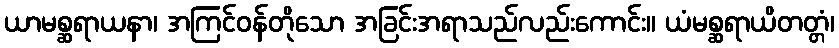
ယာမစ္ဆရာယနာ၊ အကြင်ဝန်တိုသော အခြင်းအရာသည်လည်းကောင်း။ ယံမစ္ဆရာယိတတ္တံ၊